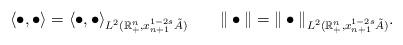
LaTeX: \begin{align*}\langle\bullet,\bullet\rangle=\langle\bullet,\bullet\rangle_{L^{2}(\mathbb{R}_{+}^{n},x_{n+1}^{1-2s}\tilde{A})}\quad\quad\|\bullet\|=\|\bullet\|_{L^{2}(\mathbb{R}_{+}^{n},x_{n+1}^{1-2s}\tilde{A})}.\end{align*}